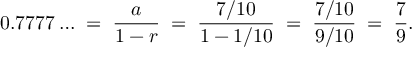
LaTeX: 0 . 7 7 7 7 \ldots \; = \; { \frac { a } { 1 - r } } \; = \; { \frac { 7 / 1 0 } { 1 - 1 / 1 0 } } \; = \; { \frac { 7 / 1 0 } { 9 / 1 0 } } \; = \; { \frac { 7 } { 9 } } .